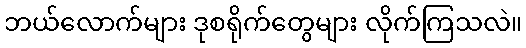
ဘယ်လောက်များ ဒုစရိုက်တွေများ လိုက်ကြသလဲ။